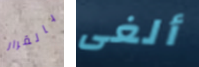
بالقرار ألغى